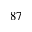
^ { 8 7 }